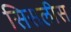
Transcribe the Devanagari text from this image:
सिसलीस